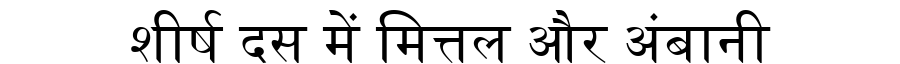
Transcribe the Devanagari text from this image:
शीर्ष दस में मित्तल और अंबानी